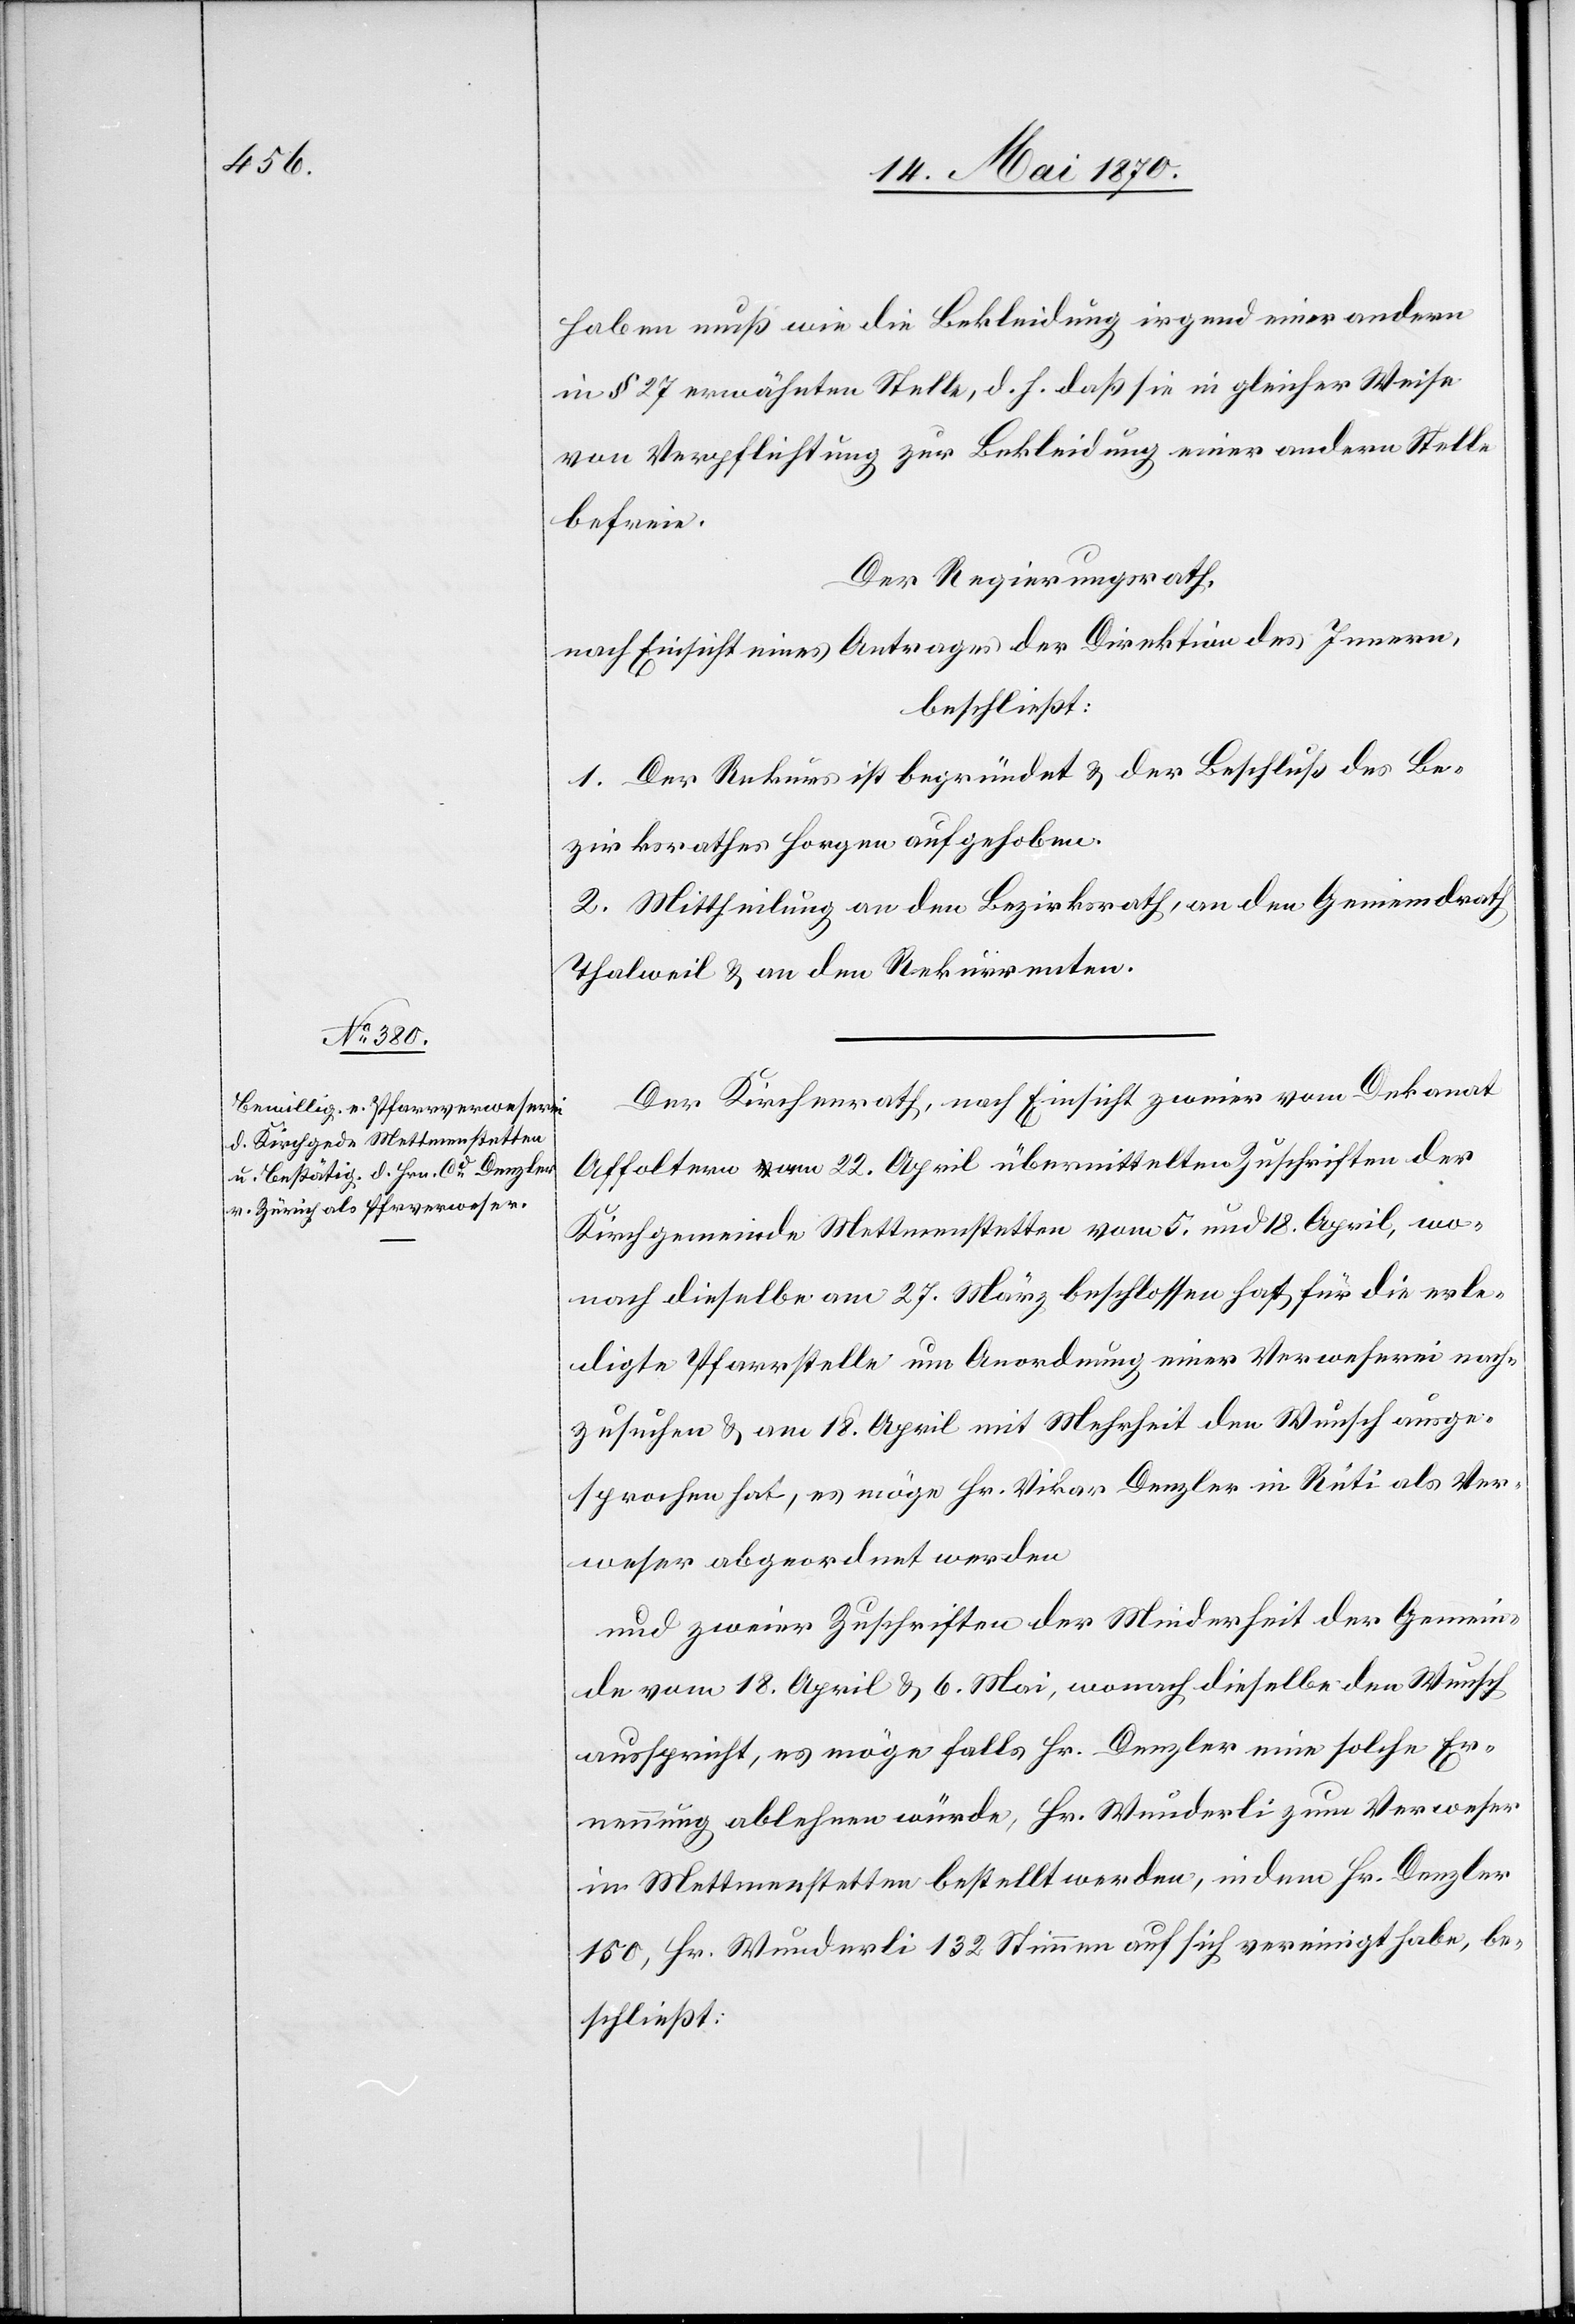
haben muß wie die Bekleidung irgend einer andern
in § 27 erwähnten Stelle, d. h. daß sie in gleicher Weise
von Verpflichtung zur Bekleidung einer andern Stelle
befreie.
Der Regierungsrath,
nach Einsicht eines Antrages der Direktion des Innern,
beschließt:
1. Der Rekurs ist begründet & der Beschluß des Be¬
zirksrathes Horgen aufgehoben.
2. Mittheilung an den Bezirksrath, an den Gemeindrath
Thalweil & an den Rekurrenten.
Der Kirchenrath, nach Einsicht zweier vom Dekanat
Affoltern am 22. April übermittelten Zuschriften der
Kirchgemeinde Mettmenstetten vom 5. und 18. April, wo¬
nach dieselbe am 27. März beschlossen hat[,] für die erle¬
digte Pfarrstelle um Anordnung einer Verweserei nach¬
zusuchen & am 18. April mit Mehrheit den Wunsch ausge¬
sprochen hat, es möge Hr. Vikar Denzler in Rüti als Ver¬
weser abgeordnet werden
und zweier Zuschriften der Minderheit der Gemein¬
de vom 18. April & 6. Mai, wonach dieselbe den Wunsch
ausspricht, es möge falls Hr. Denzler eine solche Er¬
nennung ablehnen wüde, Hr. Wunderli zum Verweser
in Mettmenstetten bestellt werden, indem Hr. Denzler
150, Hr. Wunderli 132 Stimmen auf sich vereinigt habe,